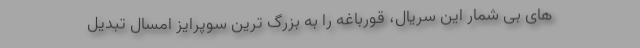
های بی شمار این سریال، قورباغه را به بزرگ ترین سوپرایز امسال تبدیل